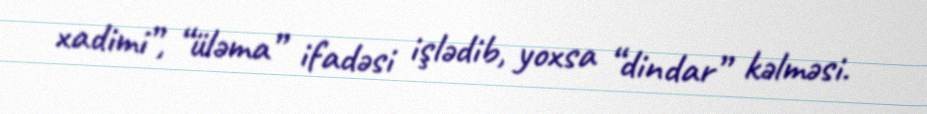
xadimi”, “üləma” ifadəsi işlədib, yoxsa “dindar” kəlməsi.